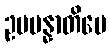
ဥပပန္နာတိပေ